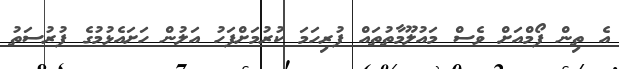
އެ ތިން ފޯމްއަށް ވެސް މައުލޫމާތުތައް ފުރިހަމަ ކުރުމަށްފަހު އަލުން ހަށައެޅުމުގެ ފުރުސަތު